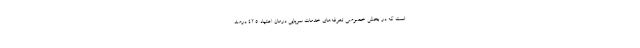
است که در بخش خصوصی تعرفه‌های خدمات سرپایی درمان اعتیاد ۴۲.۵ درصد